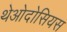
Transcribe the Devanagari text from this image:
थेओदोसियस